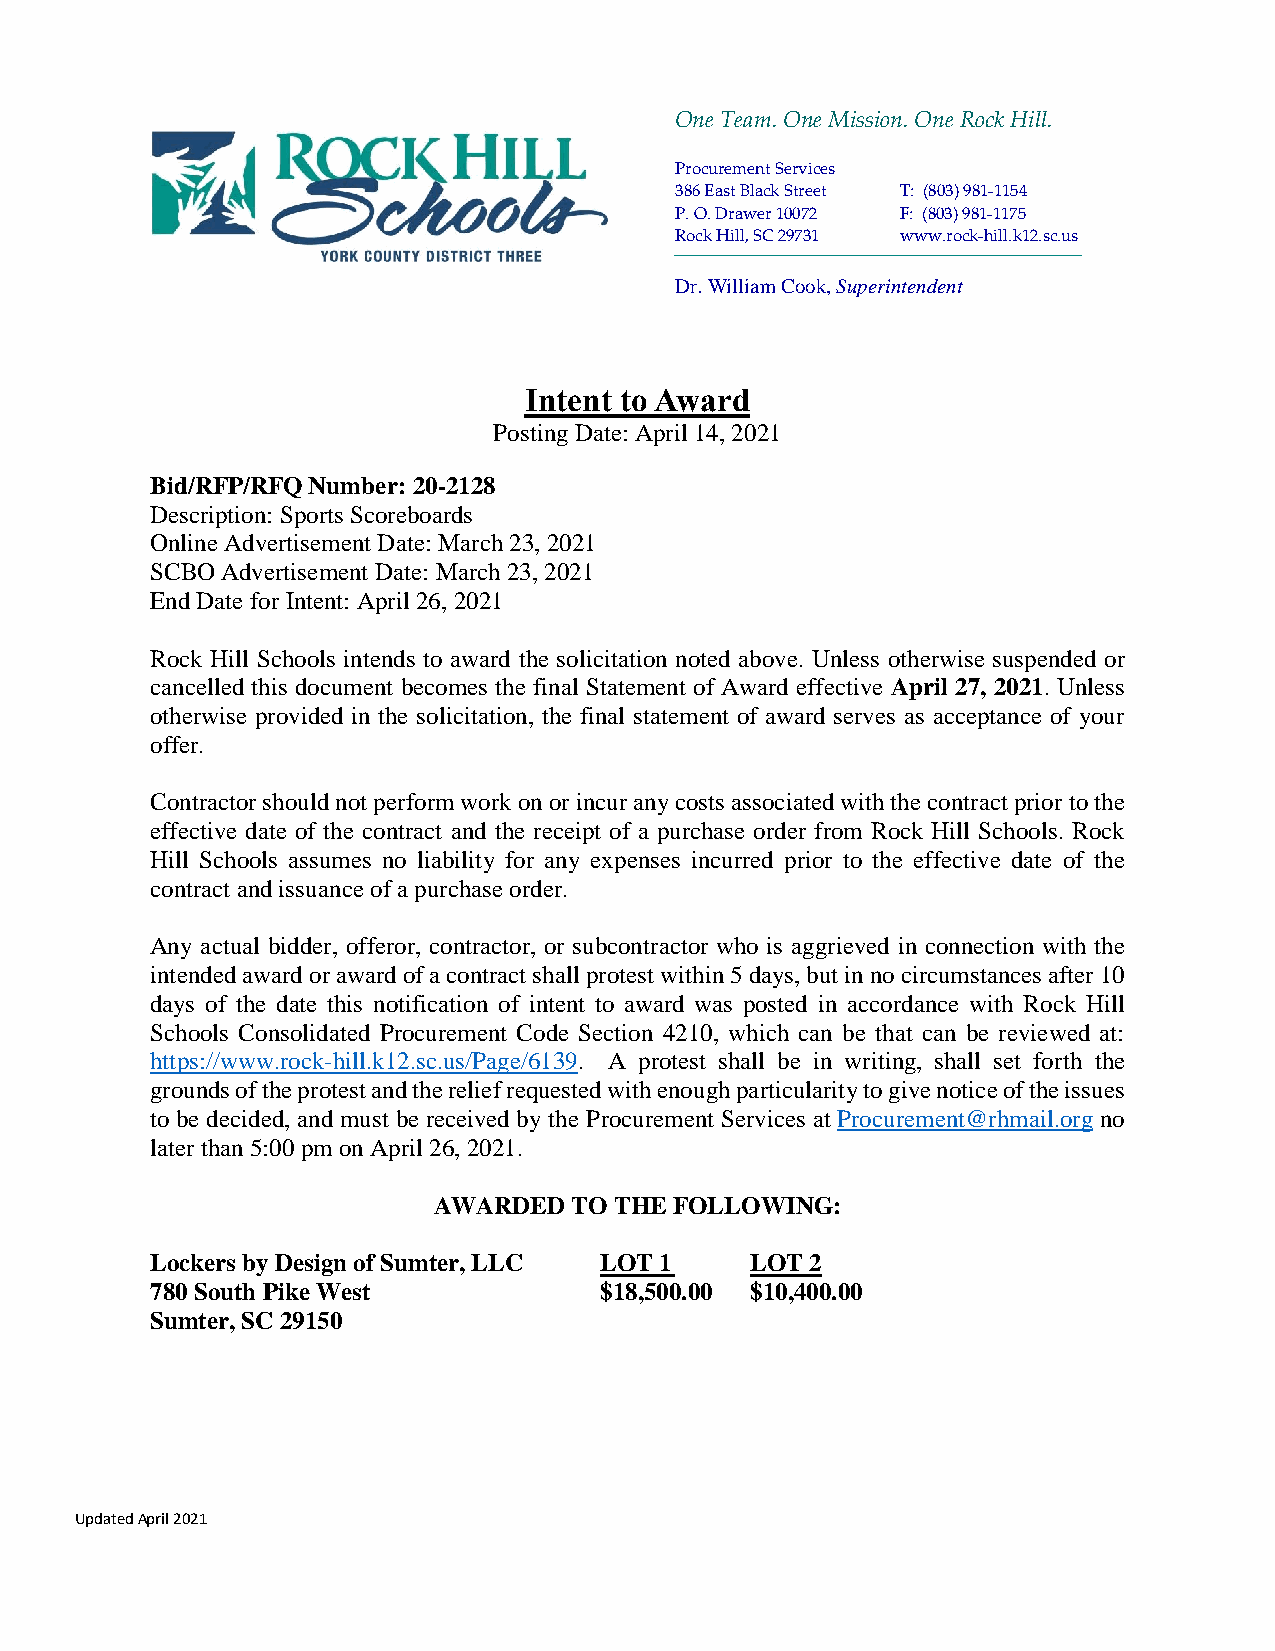
One Team. One Mission. One Rock Hill.
 Procurement Services
 386 East Black Street T: (803) 981-1154
 P. O. Drawer 10072 F: (803) 981-1175
 Rock Hill, SC 29731 www.rock-hill.k12.sc.us
 Dr. William Cook, Superintendent
 Intent to Award
 Posting Date: April 14, 2021
 Bid/RFP/RFQ Number: 20-2128
 Description: Sports Scoreboards
 Online Advertisement Date: March 23, 2021
 SCBO Advertisement Date: March 23, 2021
 End Date for Intent: April 26, 2021
 Rock Hill Schools intends to award the solicitation noted above. Unless otherwise suspended or
 cancelled this document becomes the final Statement of Award effective April 27, 2021. Unless
 otherwise provided in the solicitation, the final statement of award serves as acceptance of your
 offer.
 Contractor should not perform work on or incur any costs associated with the contract prior to the
 effective date of the contract and the receipt of a purchase order from Rock Hill Schools. Rock
 Hill Schools assumes no liability for any expenses incurred prior to the effective date of the
 contract and issuance of a purchase order.
 Any actual bidder, offeror, contractor, or subcontractor who is aggrieved in connection with the
 intended award or award of a contract shall protest within 5 days, but in no circumstances after 10
 days of the date this notification of intent to award was posted in accordance with Rock Hill
 Schools Consolidated Procurement Code Section 4210, which can be that can be reviewed at:
 https://www.rock-hill.k12.sc.us/Page/6139. A protest shall be in writing, shall set forth the
 grounds of the protest and the relief requested with enough particularity to give notice of the issues
 to be decided, and must be received by the Procurement Services at Procurement@rhmail.org no
 later than 5:00 pm on April 26, 2021.
 AWARDED  TO THE FOLLOWING:
 Lockers by Design of Sumter, LLC LOT 1  LOT 2
 780 South Pike West           $18,500.00 $10,400.00
 Sumter, SC 29150
 Updated April 2021